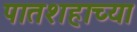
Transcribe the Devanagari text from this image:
पातशहाच्या